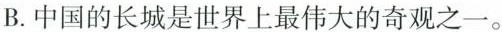
B.中国的长城是世界上最伟大的奇观之一。